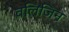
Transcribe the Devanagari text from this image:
वलिजिन